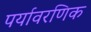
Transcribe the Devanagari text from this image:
पर्यावरणिक